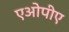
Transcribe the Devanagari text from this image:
एओपीए